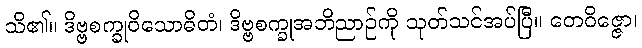
သိ၏။ ဒိဗ္ဗစက္ခုဝိသောဓိတံ၊ ဒိဗ္ဗစက္ခုအဘိညာဉ်ကို သုတ်သင်အပ်ပြီ။ တေဝိဇ္ဇော၊